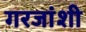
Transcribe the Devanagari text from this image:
गरजांशी